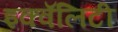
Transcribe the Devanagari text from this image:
इक्वॅलिटी